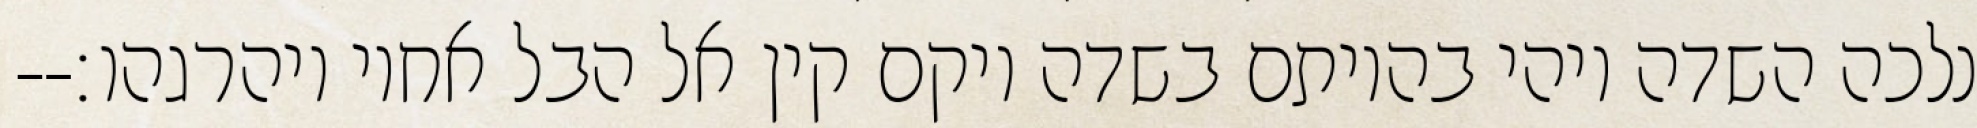
נלכה השדה ויהי בהיותם בשדה ויקם קין אל הבל אחיו ויהרגהו׃--